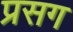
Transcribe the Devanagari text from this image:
प्रसग